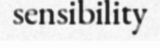
sensibility